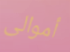
أموالى